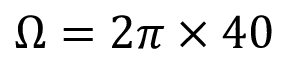
\Omega = 2 \pi \times 4 0